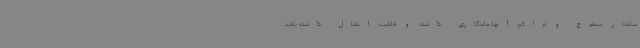
ساختار سطوح و تراکم‌ آنها، ماندگاری داشته و قابلیت انتقال داشته باشد.